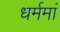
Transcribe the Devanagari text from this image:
धर्ममां